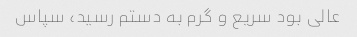
عالی بود سریع و گرم به دستم رسید، سپاس